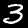
Digit: 3